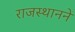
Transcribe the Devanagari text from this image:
राजस्थानने